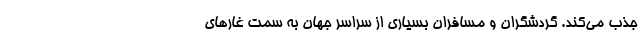
جذب می‌کند. گردشگران و مسافران بسیاری از سراسر جهان به سمت غار‌های